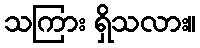
သကြား ရှိသလား။